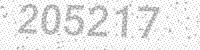
Solution: 205217